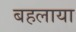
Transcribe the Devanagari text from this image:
बहलाया